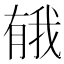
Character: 𪱤